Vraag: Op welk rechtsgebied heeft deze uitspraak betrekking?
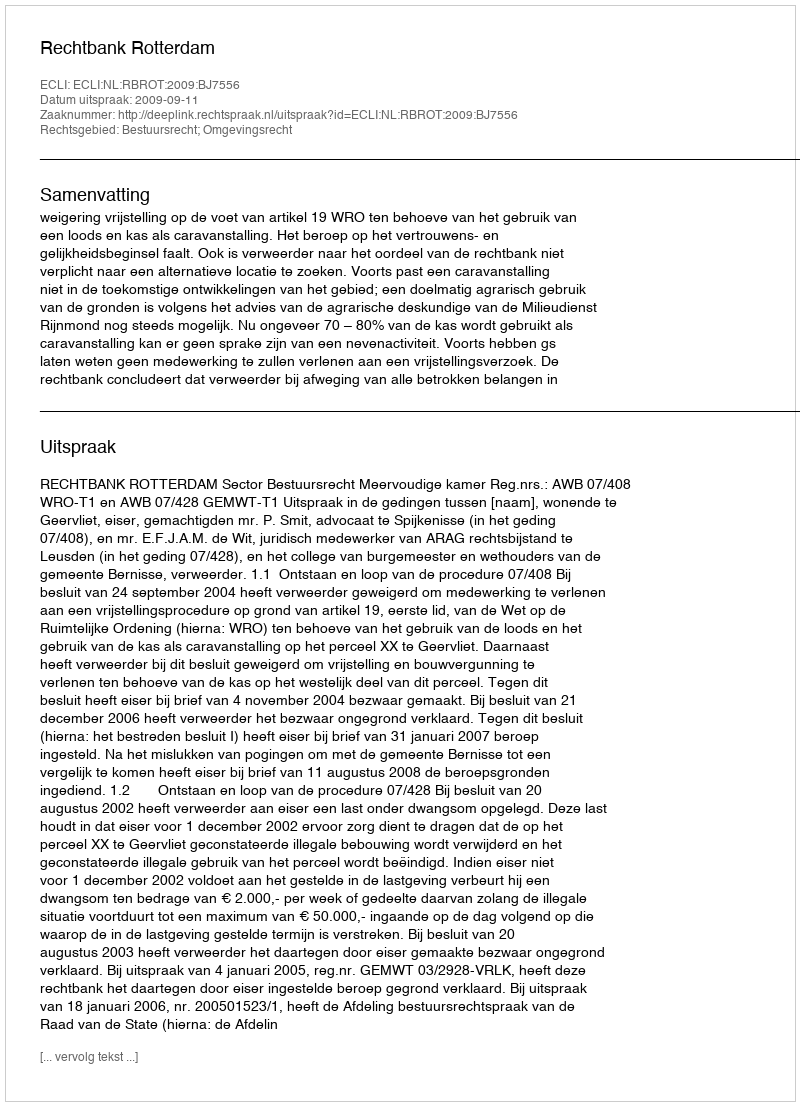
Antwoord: Bestuursrecht; Omgevingsrecht